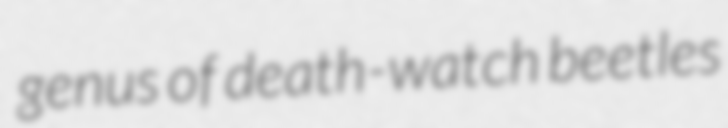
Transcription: genus of death-watch beetles